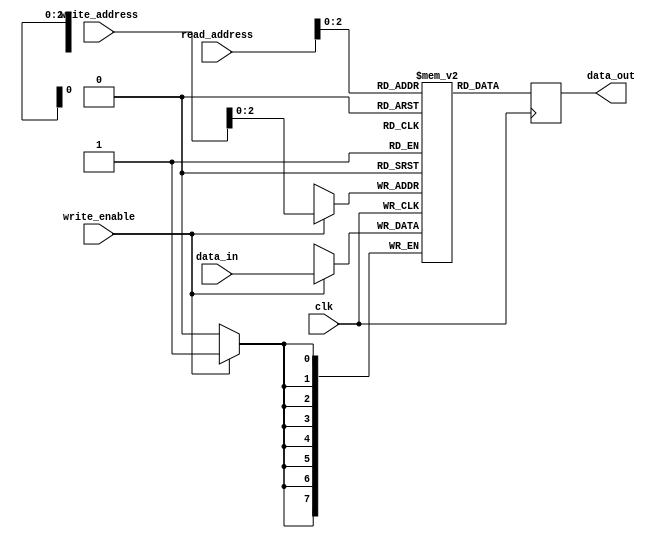
module register_file
  (
   input wire clk,
   input wire [3:0] read_address,
   input wire [3:0] write_address,
   input wire write_enable,
   input wire [7:0] data_in,
   output reg [7:0] data_out
   );
   
   reg [7:0] registers [7:0]; // 8 registers each 8 bits wide
   
   always @(posedge clk)
     begin
       if(write_enable)
         registers[write_address] <= data_in;
       data_out <= registers[read_address];
     end
endmodule